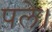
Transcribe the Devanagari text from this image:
पले।